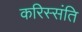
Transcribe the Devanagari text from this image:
करिस्संति